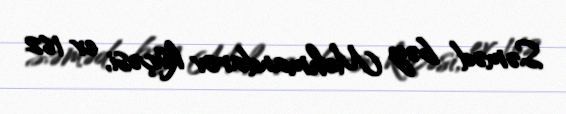
Səməd bəy Mehmandarov küçəsi, ev 162